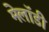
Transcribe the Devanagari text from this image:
मेलॉडी